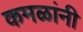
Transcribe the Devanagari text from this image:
कमळांनी